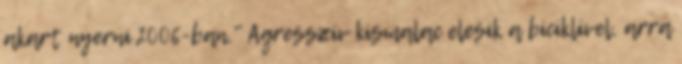
akart nyerni 2006-ban." Agresszív kismalac elesik a biciklivel, arra